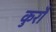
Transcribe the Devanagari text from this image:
कुरौ